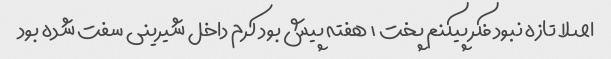
اصلا تازه نبود فکر پیکنم پخت ۱ هفته پیش بود کرم داخل شیرینی سفت شده بود